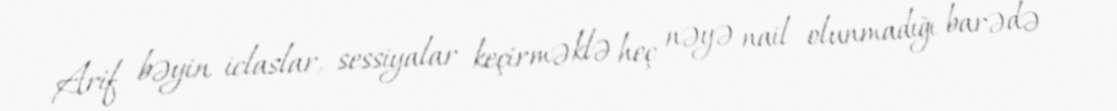
Arif bəyin iclaslar, sessiyalar keçirməklə heç nəyə nail olunmadığı barədə